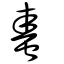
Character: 䖯